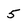
Character: 5